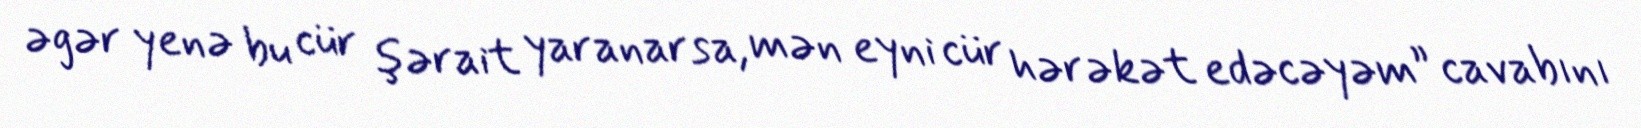
əgər yenə bu cür şərait yaranarsa, mən eyni cür hərəkət edəcəyəm” cavabını